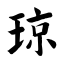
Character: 琼